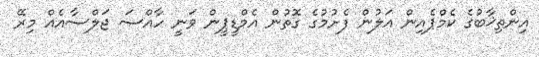
އިންތިޚާބުގެ ކެމްޕެއިން އަލުން ފެށުމުގެ ގޮތުން އެމްޑީޕީން ވަނީ ހާއްސަ ޖަލްސާއެއް މިރޭ